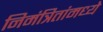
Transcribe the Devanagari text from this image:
निमंत्रितांमध्ये